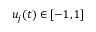
u _ { j } ( t ) \in [ - 1 , 1 ]